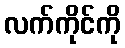
လက်ကိုင်ကို